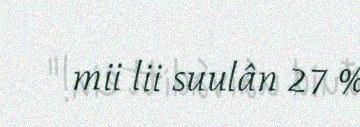
mii lii suulân 27 %